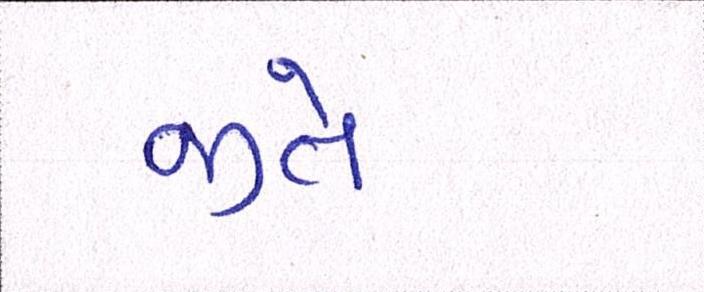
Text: જીતે